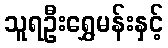
သူရဦးရွှေမန်းနှင့်